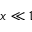
x \ll 1